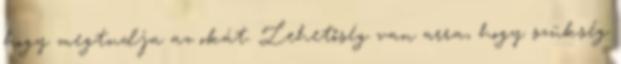
hogy megtudja az okát. Lehetőség van arra, hogy szükség